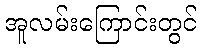
အူလမ်းကြောင်းတွင်